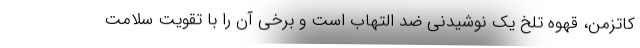
کاتزمن، قهوه تلخ یک نوشیدنی ضد التهاب است و برخی آن را با تقویت سلامت